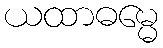
ယထာဓမ္မေ